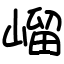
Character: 嵧